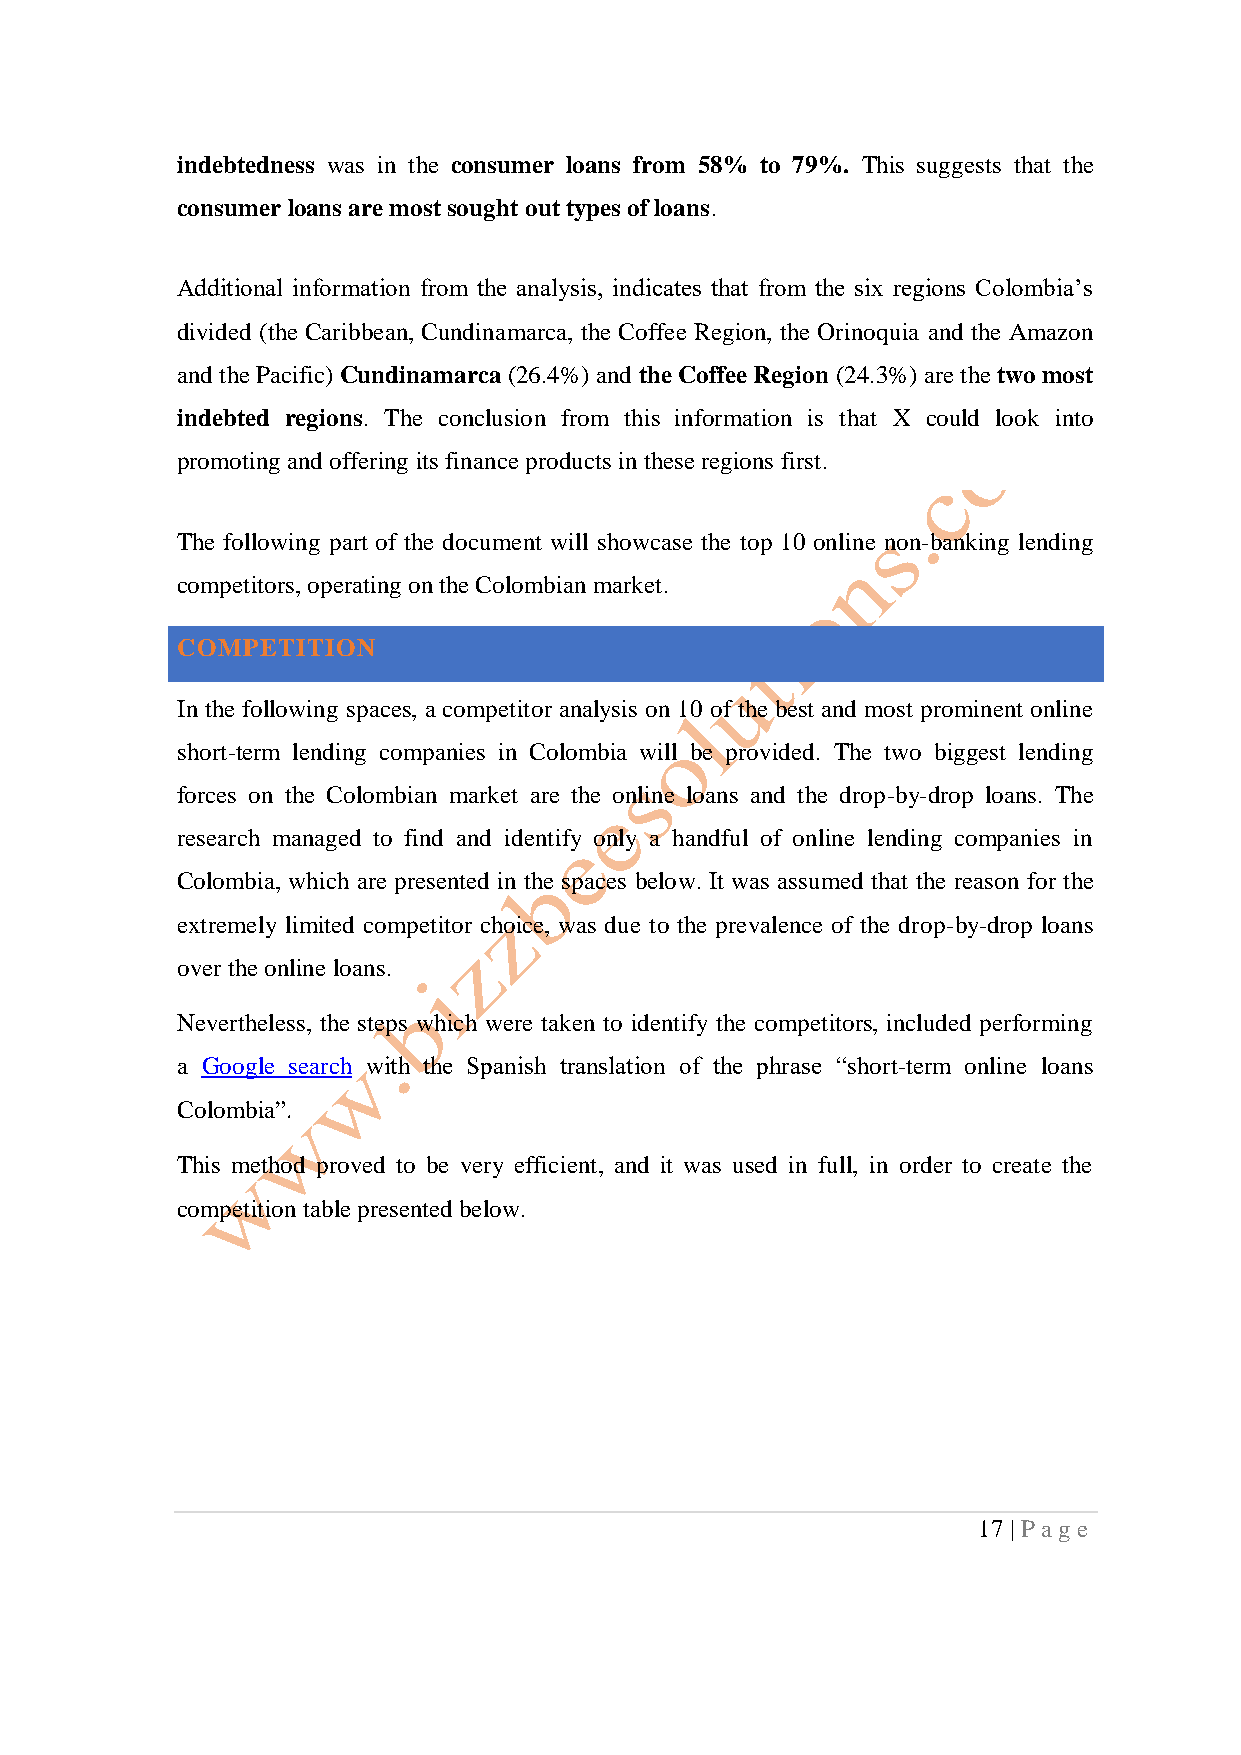
indebtedness was in the consumer loans from 58% to 79%. This suggests that the
 consumer loans are most sought out types of loans.
 Additional information from the analysis, indicates that from the six regions Colombia’s
 divided (the Caribbean, Cundinamarca, the Coffee Region, the Orinoquia and the Amazon
 and the Pacific) Cundinamarca (26.4%) and the Coffee Region (24.3%) are the two most
 indebted regions. The conclusion from this information is that X could look into
 promoting and offering its finance products in these regions first.
 The following part of the document will showcase the top 10 online non-banking lending
 competitors, operating on the Colombian market.
 COMPETITION
 In the following spaces, a competitor analysis on 10 of the best and most prominent online
 short-term lending companies in Colombia will be provided. The two biggest lending
 forces on the Colombian market are the online loans and the drop-by-drop loans. The
 research managed to find and identify only a handful of online lending companies in
 Colombia, which are presented in the spaces below. It was assumed that the reason for the
 extremely limited competitor choice, was due to the prevalence of the drop-by-drop loans
 over the online loans.
 Nevertheless, the steps which were taken to identify the competitors, included performing
 a Google search with the Spanish translation of the phrase “short-term online loans
 Colombia”.
 This method proved to be very efficient, and it was used in full, in order to create the
 competition table presented below.
 17 | P ag e